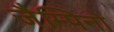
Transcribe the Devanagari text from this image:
जैम्पिनो